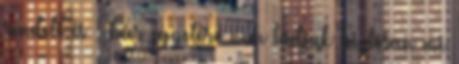
rendeli és – bár egyelőre nem tudjuk biztosan mi